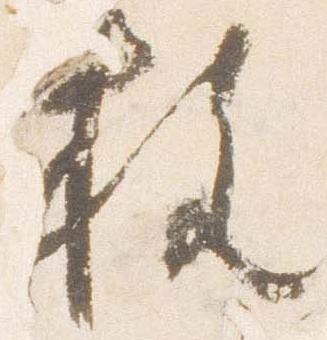
枚